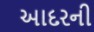
આદરની